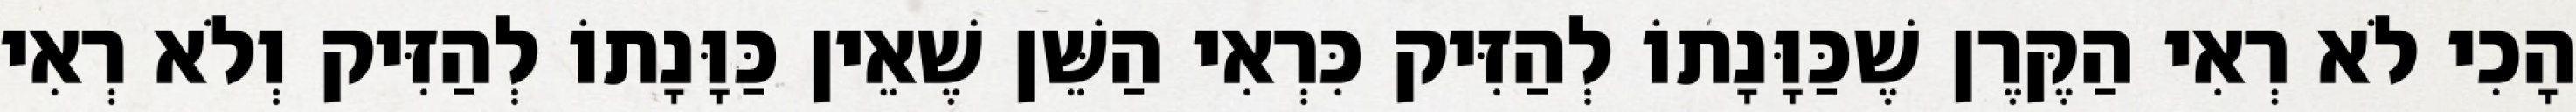
הָכִי לֹא רְאִי הַקֶּרֶן שֶׁכַּוָּנָתוֹ לְהַזִּיק כִּרְאִי הַשֵּׁן שֶׁאֵין כַּוָּנָתוֹ לְהַזִּיק וְלֹא רְאִי